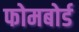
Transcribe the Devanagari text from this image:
फोमबोर्ड